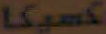
کسیکا